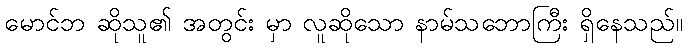
မောင်ဘ ဆိုသူ၏ အတွင်း မှာ လူဆိုသော နာမ်သဘောကြီး ရှိနေသည်။